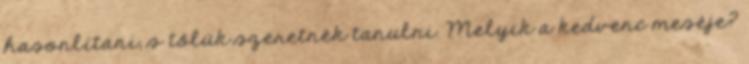
hasonlítani, s tőlük szeretnék tanulni. Melyik a kedvenc meséje?